General report no. 6 on the lunatic asylums, vaccination and dispensaries in the Bengal Presidency, 1873 -
Year: 1873
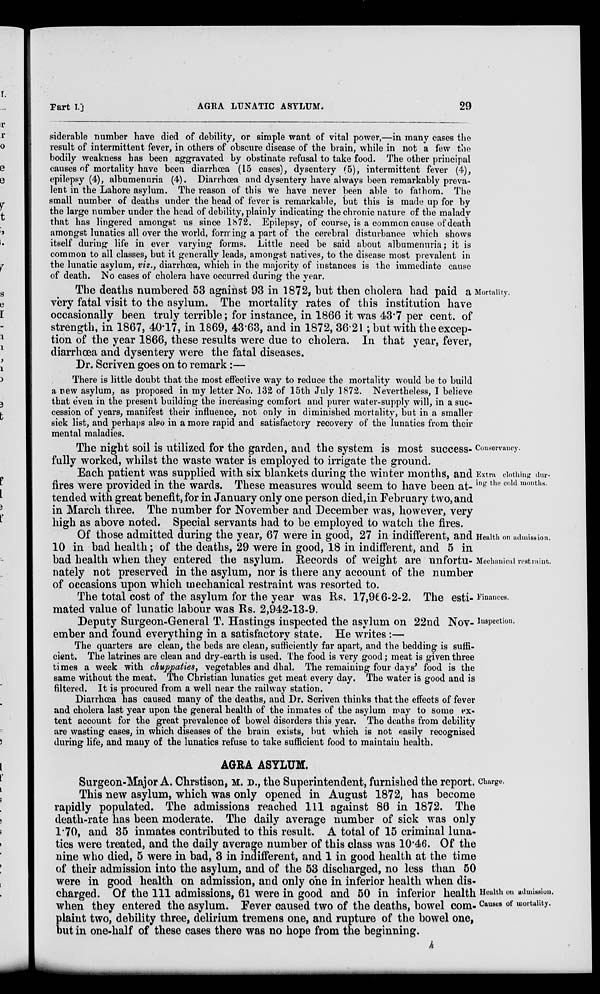
Part I.]
AGRA LUNATIC ASYLUM.
29
siderable number have died of debility, or simple want of vital power,—in many cases the
result of intermittent fever, in others of obscure disease of the brain, while in not a few the
bodily weakness has been aggravated by obstinate refusal to take food. The other principal
causes of mortality have been diarrhœa (15 cases), dysentery (5), intermittent fever (4),
epilepsy (4), albumenuria (4). Diarrhœa and dysentery have always been remarkably preva-
lent in the Lahore asylum. The reason of this we have never been able to fathom. The
small number of deaths under the head of fever is remarkable, but this is made up for by
the large number under the head of debility, plainly indicating the chronic nature of the malady
that has lingered amongst us since 1872. Epilepsy, of course, is a common cause of death
amongst lunatics all over the world, forming a part of the cerebral disturbance which shows
itself during life in ever varying forms. Little need be said about albumenuria; it is
common to all classes, but it generally leads, amongst natives, to the disease most prevalent in
the lunatic asylum, viz., diarrhœa, which in the majority of instances is the immediate cause
of death. No cases of cholera have occurred during the year.
Mortality.
The deaths numbered 53 against 93 in 1872, but then cholera had paid a
very fatal visit to the asylum. The mortality rates of this institution have
occasionally been truly terrible; for instance, in 1866 it was 43.7 per cent. of
strength, in 1867, 40.17, in 1869, 43.63, and in 1872, 36.21 ; but with the excep-
tion of the year 1866, these results were due to cholera. In that year, fever,
diarrhœa and dysentery were the fatal diseases.
Dr. Scriven goes on to remark :—
There is little doubt that the most effective way to reduce the mortality would be to build
a new asylum, as proposed in my letter No. 132 of 15th July 1872. Nevertheless, I believe
that even in the present building the increasing comfort and purer water-supply will, in a suc-
cession of years, manifest their influence, not only in diminished mortality, but in a smaller
sick list, and perhaps also in a more rapid and satisfactory recovery of the lunatics from their
mental maladies.
Conservancy.
The night soil is utilized for the garden, and the system is most success-
fully worked, whilst the waste water is employed to irrigate the ground.
Extra clothing dur-
ing the cold months.
Each patient was supplied with six blankets during the winter months, and
fires were provided in the wards. These measures would seem to have been at-
tended with great benefit, for in January only one person died, in February two, and
in March three. The number for November and December was, however, very
high as above noted. Special servants had to be employed to watch the fires.
Health on admission.
Mechanical restraint.
Of those admitted during the year, 67 were in good, 27 in indifferent, and
10 in bad health; of the deaths, 29 were in good, 18 in indifferent, and 5 in
bad health when they entered the asylum. Records of weight are unfortu-
nately not preserved in the asylum, nor is there any account of the number
of occasions upon which mechanical restraint was resorted to.
Finances.
The total cost of the asylum for the year was Rs. 17,966-2-2. The esti-
mated value of lunatic labour was Rs. 2,942-13-9.
Inspection.
Deputy Surgeon-General T. Hastings inspected the asylum on 22nd Nov-
ember and found everything in a satisfactory state. He writes :—
The quarters are clean, the beds are clean, sufficiently far apart, and the bedding is suffi-
cient. The latrines are clean and dry-earth is used. The food is very good; meat is given three
times a week with chuppaties, vegetables and dhal. The remaining four days' food is the
same without the meat. The Christian lunatics get meat every day. The water is good and is
filtered. It is procured from a well near the railway station.
Diarrhœa has caused many of the deaths, and Dr. Scriven thinks that the effects of fever
and cholera last year upon the general health of the inmates of the asylum may to some ex-
tent account for the great prevalence of bowel disorders this year. The deaths from debility
are wasting cases, in which diseases of the brain exists, but which is not easily recognised
during life, and many of the lunatics refuse to take sufficient food to maintain health.
AGRA ASYLUM.
Charge.
Health on admission.
Causes of mortality.
Surgeon-Major A. Chrstison, M. D., the Superintendent, furnished the report.
This new asylum, which was only opened in August 1872, has become
rapidly populated. The admissions reached 111 against 86 in 1872. The
death-rate has been moderate. The daily average number of sick was only
1.70, and 35 inmates contributed to this result. A total of 15 criminal luna-
tics were treated, and the daily average number of this class was 10.46. Of the
nine who died, 5 were in bad, 3 in indifferent, and 1 in good health at the time
of their admission into the asylum, and of the 53 discharged, no less than 50
were in good health on admission, and only one in inferior health when dis-
charged. Of the 111 admissions, 61 were in good and 50 in inferior health
when they entered the asylum. Fever caused two of the deaths, bowel com-
p laint two, debility three, delirium tremens one, and rupture of the bowel one,
but in one-half of these cases there was no hope from the beginning.
h